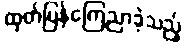
ထုတ်ပြန်ကြေညာခဲ့သည့်